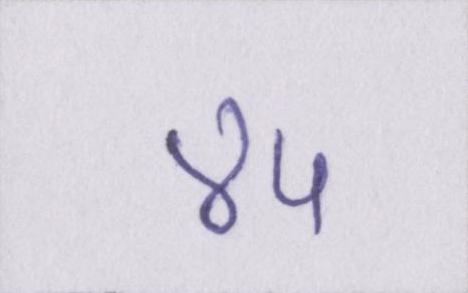
४५